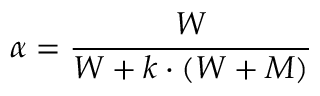
\alpha = { \frac { W } { W + k \cdot ( W + M ) } } \,